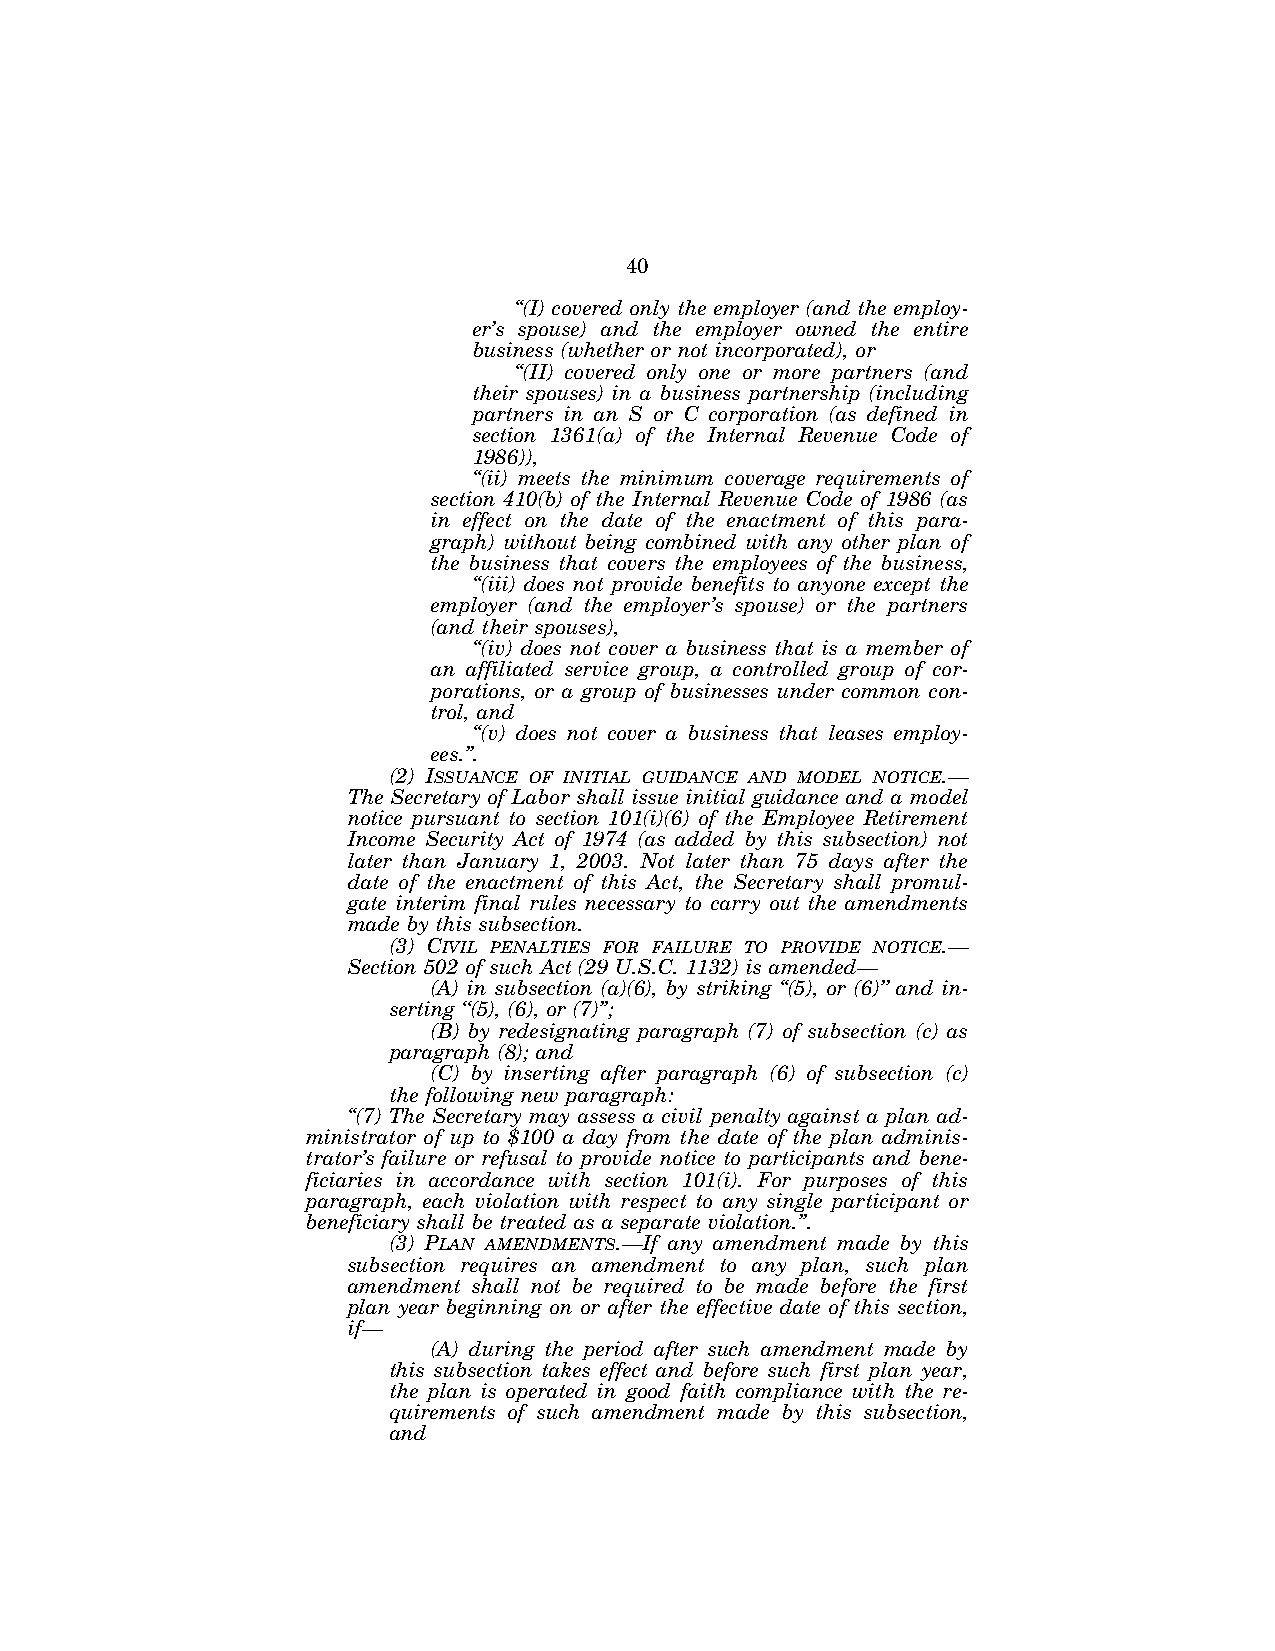
40
 ‘‘(I) covered only the employer (and the employ-
 er’s spouse) and the employer owned the entire
 business (whether or not incorporated), or
 ‘‘(II) covered only one or more partners (and
 their spouses) in a business partnership (including
 partners in an S or C corporation (as defined in
 section 1361(a) of the Internal Revenue Code of
 1986)),
 ‘‘(ii) meets the minimum coverage requirements of
 section 410(b) of the Internal Revenue Code of 1986 (as
 in effect on the date of the enactment of this para-
 graph) without being combined with any other plan of
 the business that covers the employees of the business,
 ‘‘(iii) does not provide benefits to anyone except the
 employer (and the employer’s spouse) or the partners
 (and their spouses),
 ‘‘(iv) does not cover a business that is a member of
 an affiliated service group, a controlled group of cor-
 porations, or a group of businesses under common con-
 trol, and
 ‘‘(v) does not cover a business that leases employ-
 ees.’’.
 (2) ISSUANCE OF INITIAL GUIDANCE AND MODEL NOTICE.—
 The Secretary of Labor shall issue initial guidance and a model
 notice pursuant to section 101(i)(6) of the Employee Retirement
 Income Security Act of 1974 (as added by this subsection) not
 later than January 1, 2003. Not later than 75 days after the
 date of the enactment of this Act, the Secretary shall promul-
 gate interim final rules necessary to carry out the amendments
 made by this subsection.
 (3) CIVIL PENALTIES FOR FAILURE TO PROVIDE NOTICE.—
 Section 502 of such Act (29 U.S.C. 1132) is amended—
 (A) in subsection (a)(6), by striking ‘‘(5), or (6)’’ and in-
 serting ‘‘(5), (6), or (7)’’;
 (B) by redesignating paragraph (7) of subsection (c) as
 paragraph (8); and
 (C) by inserting after paragraph (6) of subsection (c)
 the following new paragraph:
 ‘‘(7) The Secretary may assess a civil penalty against a plan ad-
 ministrator of up to $100 a day from the date of the plan adminis-
 trator’s failure or refusal to provide notice to participants and bene-
 ficiaries in accordance with section 101(i). For purposes of this
 paragraph, each violation with respect to any single participant or
 beneficiary shall be treated as a separate violation.’’.
 (3) PLAN AMENDMENTS.—If any amendment made by this
 subsection requires an amendment to any plan, such plan
 amendment shall not be required to be made before the first
 plan year beginning on or after the effective date of this section,
 if—
 (A) during the period after such amendment made by
 this subsection takes effect and before such first plan year,
 the plan is operated in good faith compliance with the re-
 quirements of such amendment made by this subsection,
 and
 VerDate Jul 19 2002 16:35 Jul 25, 2002 Jkt 080361 PO 00000 Frm 00040 Fmt 6659 Sfmt 6603 E:\HR\OC\HR610.XXX pfrm15 PsN: HR610